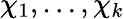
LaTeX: \chi_{1},\ldots,\chi_{k}